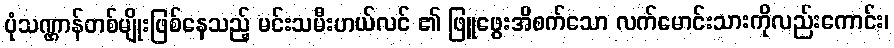
ပုံသဏ္ဌာန်တစ်မျိုးဖြစ်နေသည့် မင်းသမီးဟယ်လင် ၏ ဖြူဖွေးအိစက်သော လက်မောင်းသားကိုလည်းကောင်း၊